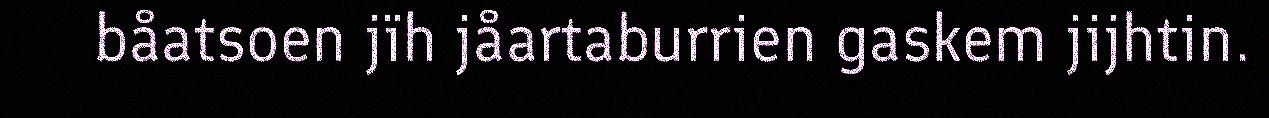
båatsoen jïh jåartaburrien gaskem jijhtin.